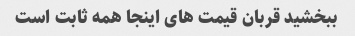
ببخشید قربان قیمت های اینجا همه ثابت است